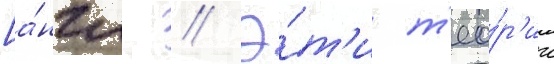
[а́нгл. // Э́т'и т'ео́р'ии